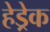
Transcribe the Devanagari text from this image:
हेड्रेक